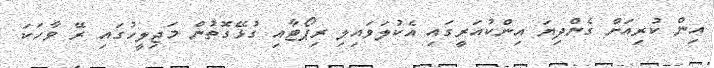
އިން ކުރިއަށް ގެންދިޔަ އިންކުއަރީގައި އެކުލަވައިލި ރިޕޯޓާއި ގުޅޭގޮތުން މަޖިލީހުގައި ރޭ ވާހަކަ